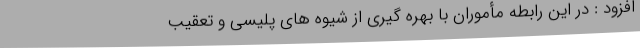
افزود : در این رابطه مأموران با بهره گیری از شیوه های پلیسی و تعقیب